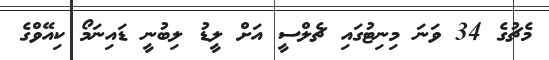
މެޗުގެ 34 ވަނަ މިނިޓުގައި ޗެލްސީ އަށް ލީޑު ލިބުނީ ޑައިނަމޯ ކިއޭވްގެ